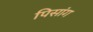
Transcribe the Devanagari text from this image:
पिसांग